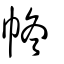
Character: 㠽